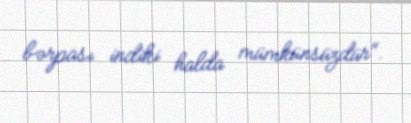
bərpası indiki halda mümkünsüzdür".